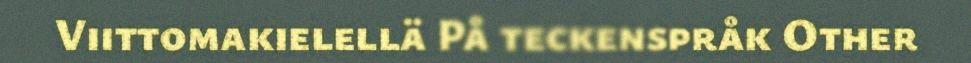
Viittomakielellä På teckenspråk Other